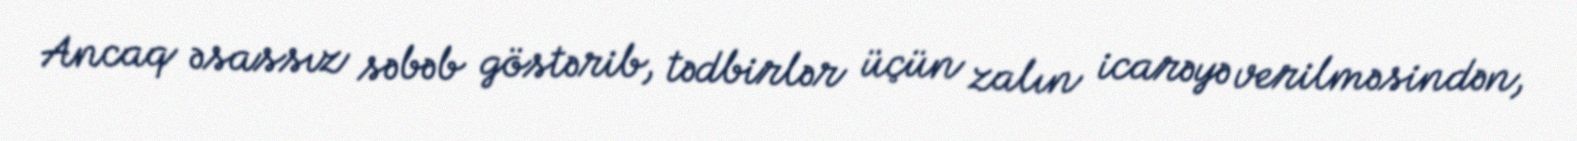
Ancaq əsassız səbəb göstərib, tədbirlər üçün zalın icarəyə verilməsindən,